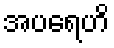
အပရေဟိ